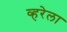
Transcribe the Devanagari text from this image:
व्हरेला